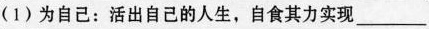
（1）为自己：活出自己的人生，自食其力实现___